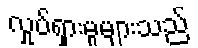
လှုပ်ရှားမှုများသည်